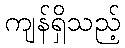
ကျန်ရှိသည့်